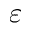
\varepsilon